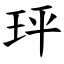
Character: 玶